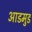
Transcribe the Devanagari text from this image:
आडमुड